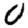
Digit: 0